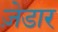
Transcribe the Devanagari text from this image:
ज़ेडार